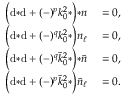
\begin{array} { r l } { \Big ( \mathrm { d } { * \mathrm { d } } + ( - ) ^ { p } k _ { 0 } ^ { 2 } { * } \Big ) { * n } } & { { } = 0 , } \\ { \Big ( \mathrm { d } { * \mathrm { d } } + ( - ) ^ { q } k _ { 0 } ^ { 2 } { * } \Big ) n _ { \ell } } & { { } = 0 , } \\ { \Big ( \mathrm { d } { * \mathrm { d } } + ( - ) ^ { q } \tilde { k } _ { 0 } ^ { 2 } { * } \Big ) { * \tilde { n } } } & { { } = 0 , } \\ { \Big ( \mathrm { d } { * \mathrm { d } } + ( - ) ^ { p } \tilde { k } _ { 0 } ^ { 2 } { * } \Big ) \tilde { n } _ { \ell } } & { { } = 0 . } \end{array}